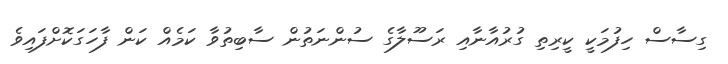
ގިސާސް ހިފުމަކީ ކީރިތި ގުރުއާނާއި ރަސޫލާގެ ސުންނަތުން ސާބިތުވާ ކަމެއް ކަން ފާހަގަކޮށްފައިވެ